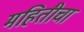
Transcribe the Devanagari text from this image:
महितीचा